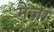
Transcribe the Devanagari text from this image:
मेज़ा